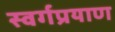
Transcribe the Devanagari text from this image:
स्वर्गप्रयाण